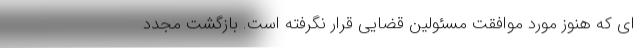
ای که هنوز مورد موافقت مسئولین قضایی قرار نگرفته است. بازگشت مجدد